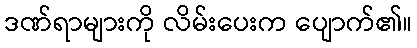
ဒဏ်ရာများကို လိမ်းပေးက ပျောက်၏။